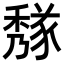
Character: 𥢁